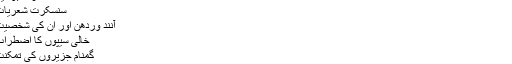
مہا بھنشکرمن
سنسکرت بوطیقا
سنسکرت شعریات
آنند وردھن اور ان کی شخصیت
خالی سیپوں کا اضطراب
گمنام جزیروں کی تمکنت
اقبال ایک ادھین
1979ء میں عنبر ؔبہرائچی کا انتخاب اتر پردیش سول سروس میں ہو گیا اور اترپردیش کے مختلف اضلاع میں اہم عہدوں پر فائز رہے۔